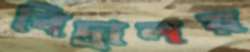
বিদ্রালয়